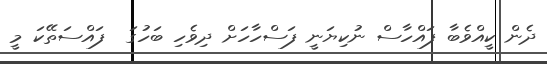
ދެން ކީއްވެބާ ފައްހާސް ނުކިޔަނީ ފަސްހާހަށް ދިވެހި ބަހުގަ  ފައްސަތޭކަ މީ